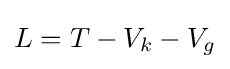
L=T-V_{k}-V_{g}